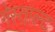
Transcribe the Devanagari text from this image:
गेस्ताल्ट